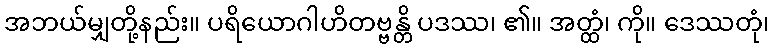
အဘယ်မျှတို့နည်း။ ပရိယောဂါဟိတဗ္ဗန္တိ ပဒဿ၊ ၏။ အတ္ထံ၊ ကို။ ဒေဿတုံ၊